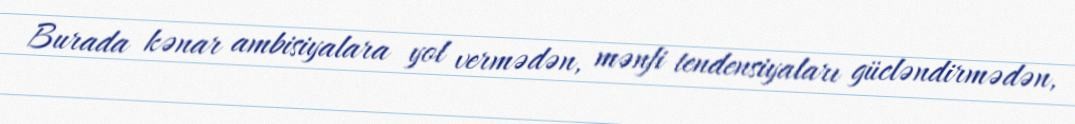
Burada kənar ambisiyalara yol vermədən, mənfi tendensiyaları gücləndirmədən,